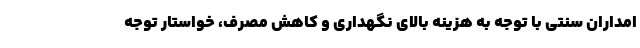
امداران سنتی با توجه به هزینه بالای نگهداری و کاهش مصرف، خواستار توجه